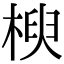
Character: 楰